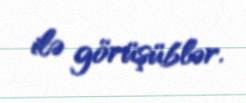
ilə görüşüblər.